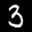
Label: 3